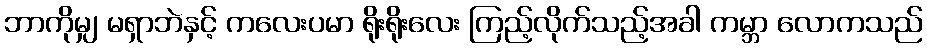
ဘာကိုမျှ မရှာဘဲနှင့် ကလေးပမာ ရိုးရိုးလေး ကြည့်လိုက်သည့်အခါ ကမ္ဘာ လောကသည်